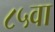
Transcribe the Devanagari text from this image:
८५वा